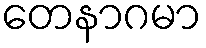
တေနာဂမာ